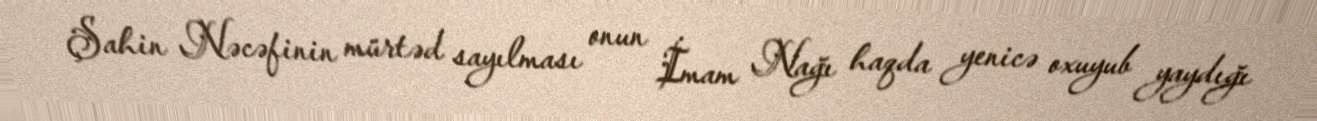
Şahin Nəcəfinin mürtəd sayılması onun İmam Nağı haqda yenicə oxuyub yaydığı